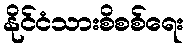
နိုင်ငံသားစိစစ်ရေး